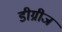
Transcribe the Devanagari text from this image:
डीग्रीज